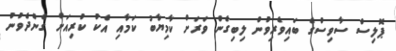
ޕޮލިސް ސާވިސްގެ ބައިވެރިވުން ލިބިގެން ވަރަށް ކާމިޔާބު ކަމާއި އެކު ކުރިއަށް ގެންދެވުނު